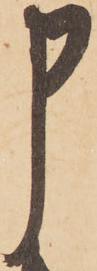
申